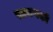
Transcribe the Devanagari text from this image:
सायणको